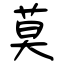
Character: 莫